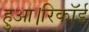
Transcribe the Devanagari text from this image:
हुआ।रिकॉर्ड